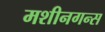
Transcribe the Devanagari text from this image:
मशीनगन्स